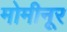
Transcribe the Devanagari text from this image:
मोमीनूर